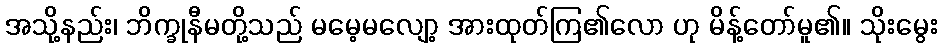
အသို့နည်း၊ ဘိက္ခုနီမတို့သည် မမေ့မလျော့ အားထုတ်ကြ၏လော ဟု မိန့်တော်မူ၏။ သိုးမွေး